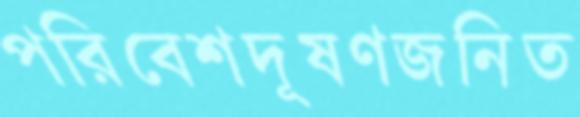
পরিবেশদূষণজনিত